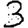
Digit: 3